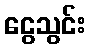
ငွေသွင်း